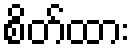
စိတ်ထား